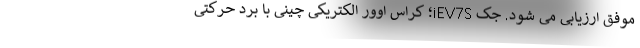
موفق ارزیابی می شود. جک iEV7S؛ کراس اوور الکتریکی چینی با برد حرکتی